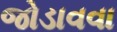
જોડાવવા